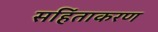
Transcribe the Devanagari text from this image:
सहिंताकरण